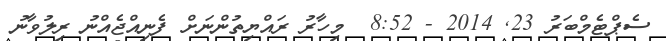
ސެޕްޓެމްބަރު 23